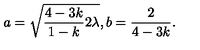
a = \sqrt { \frac { 4 - 3 k } { 1 - k } 2 \lambda } , b = \frac { 2 } { 4 - 3 k } .